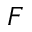
F